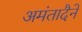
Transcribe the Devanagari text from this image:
अमंतादैने